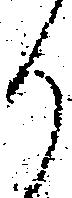
り